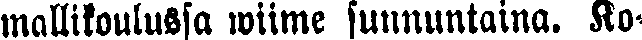
mallikoulussa wiime sunnuntaina. Ko-